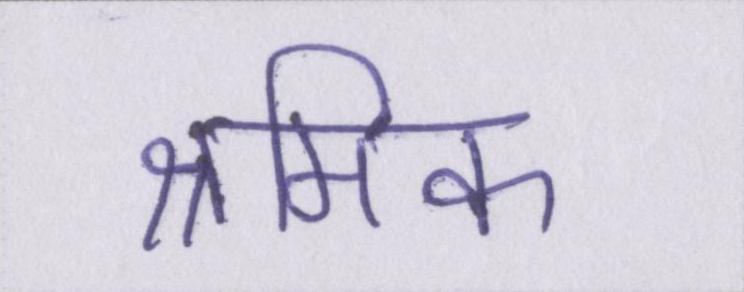
श्रमिक